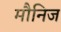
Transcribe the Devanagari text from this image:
मौनिज